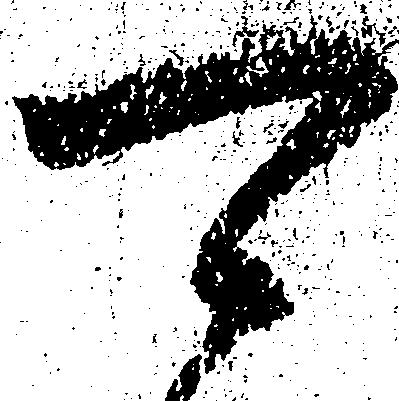
可